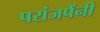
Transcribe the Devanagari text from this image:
परांजपेंनी